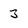
Character: 3